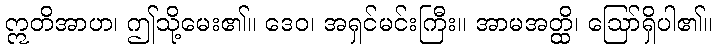
ဣတိအာဟ၊ ဤသို့မေး၏။ ဒေဝ၊ အရှင်မင်းကြီး။ အာမအတ္ထိ၊ ဩော်ရှိပါ၏။